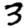
Digit: 3